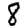
Digit: 8